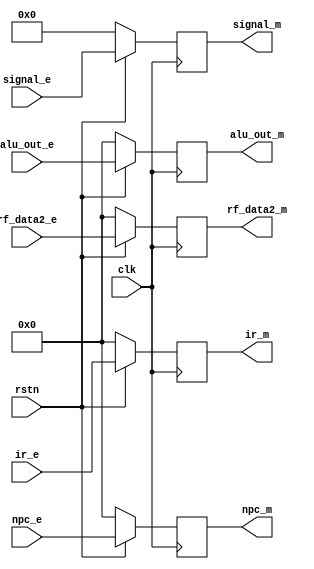
`timescale 1ns / 1ps
//////////////////////////////////////////////////////////////////////////////////
// Company: 
// Engineer: 
// 
// Design Name: 
// Module Name: MEM_WB
// Project Name: 
// Target Devices: 
// Tool Versions: 
// Description: 
// 
// Dependencies: 
// 
// Revision:
// Revision 0.01 - File Created
// Additional Comments:
// 
//////////////////////////////////////////////////////////////////////////////////


module EX_MEM(
    input [4:0] signal_e,
    input [31:0] npc_e,
    input [31:0] alu_out_e,
    input [31:0] rf_data2_e,
    input [31:0] ir_e,
    input clk,
    input rstn,
    output [4:0] signal_m,
    output [31:0] npc_m,
    output [31:0] alu_out_m,
    output [31:0] rf_data2_m,
    output [31:0] ir_m
);
reg [31:0] NPC_E = 32'b0;
reg [31:0] IR_E = 32'b0;
reg [31:0] ALU_OUT_E = 32'b0;
reg [31:0] RF_D2_E = 32'b0;
reg [4:0] SIGNAL_E = 5'b0;  //
//signal

always@(posedge clk) begin
    if(!rstn)
    begin
        NPC_E <= 32'b0;
        IR_E <= 32'b0;
        ALU_OUT_E <= 32'b0;
        RF_D2_E <= 32'b0;
        SIGNAL_E <= 5'b0;
    end
    else
    begin
        NPC_E <= npc_e;
        IR_E <= ir_e;
        ALU_OUT_E <= alu_out_e;
        RF_D2_E <= rf_data2_e;
        SIGNAL_E <= signal_e;
    end
end
assign npc_m = NPC_E;
assign ir_m = IR_E;
assign rf_data2_m = RF_D2_E;
assign alu_out_m = ALU_OUT_E;
assign signal_m = SIGNAL_E;

endmodule